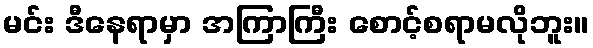
မင်း ဒီနေရာမှာ အကြာကြီး စောင့်စရာမလိုဘူး။